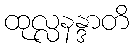
ထုလ္လနန္ဒာတိ